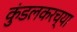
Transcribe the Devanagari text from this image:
कुंडलकरच्या